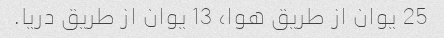
25 یوان از طریق هوا، 13 یوان از طریق دریا.